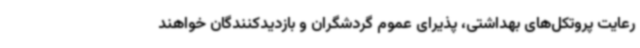
رعایت پروتکل‌های بهداشتی، پذیرای عموم گردشگران و بازدیدکنندگان خواهند